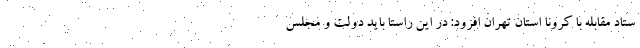
ستاد مقابله با کرونا استان تهران افزود: در این راستا باید دولت و مجلس